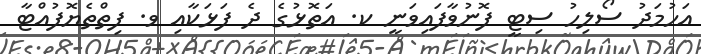
އަހުމަދު ސޯލިހު ސިޓީ ފޮނުވާފައިވަނީ ކ. އަތޮޅުގެ ދެ ފަޅަކާއި ވ. ފިތްތެޔޮފުއްޓާ